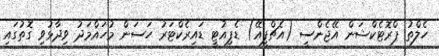
ހެލްތު ޕްރޮޓެކްޝަން އޭޖެންސީ (އެޗްޕީއޭ) ޑެޕިއުޓީ ޑައިރެކްޓަރު ހަސަން މުހައްމަދު ވިދާޅުވި ގޮތުގައި